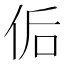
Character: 𰂀